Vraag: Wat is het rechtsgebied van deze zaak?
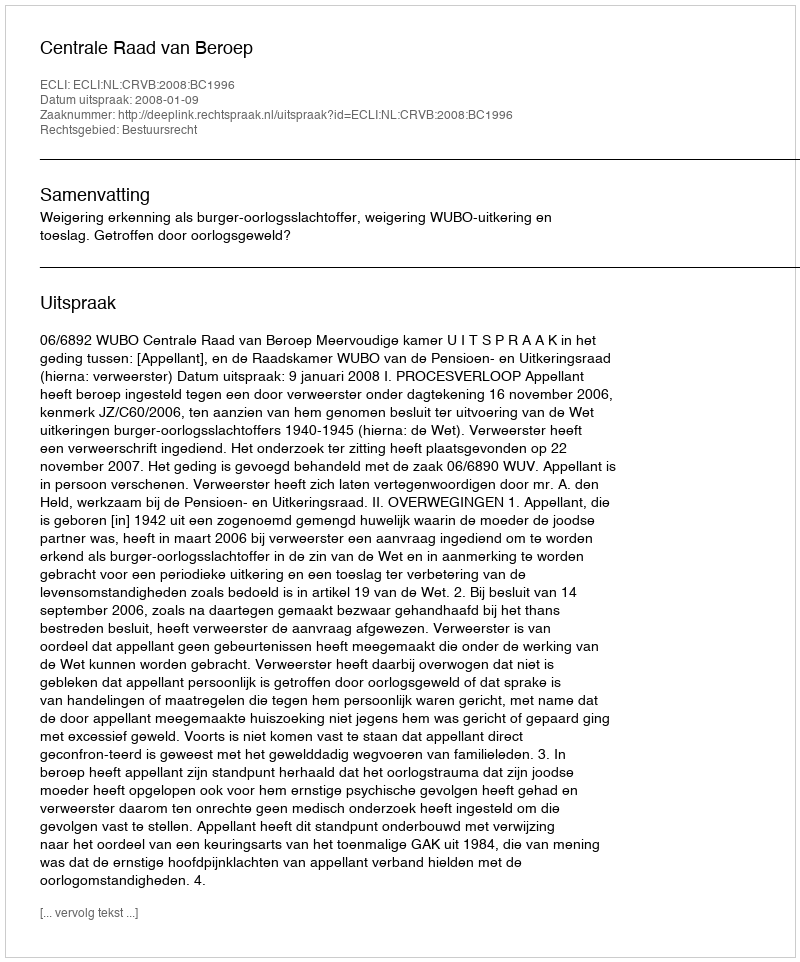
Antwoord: Bestuursrecht